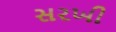
સરખી